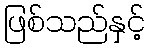
ဖြစ်သည်နှင့်